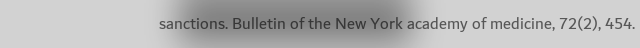
sanctions. Bulletin of the New York academy of medicine, 72(2), 454.